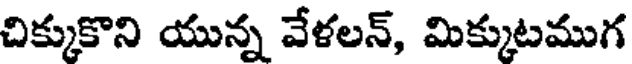
చిక్కుకొని యున్న వేళలన్, మిక్కుటముగ